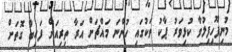
މުނިފޫހިފިލުވާ ކުޅިވަރު ޕާކު ތަކުގައި ހުންނަ މައްޗަށް އަރާ ތިރިއަށް ފައިބާ ގޮތަށް